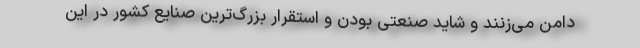
دامن می‌زنند و شاید صنعتی بودن و استقرار بزرگ‌ترین صنایع کشور در این